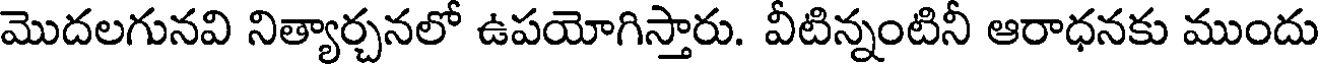
మొదలగునవి నిత్యార్చనలో ఉపయోగిస్తారు. వీటిన్నంటినీ ఆరాధనకు ముందు